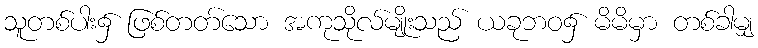
သူတစ်ပါး၌ ဖြစ်တတ်သော အကုသိုလ်မျိုးသည် ယခုဘဝ၌ မိမိမှာ တစ်ခါမျှ